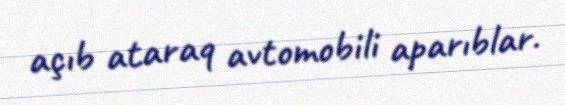
açıb ataraq avtomobili aparıblar.